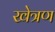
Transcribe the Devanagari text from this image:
खेत्रण